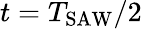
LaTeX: t=T_{\mathrm{SAW}}/2